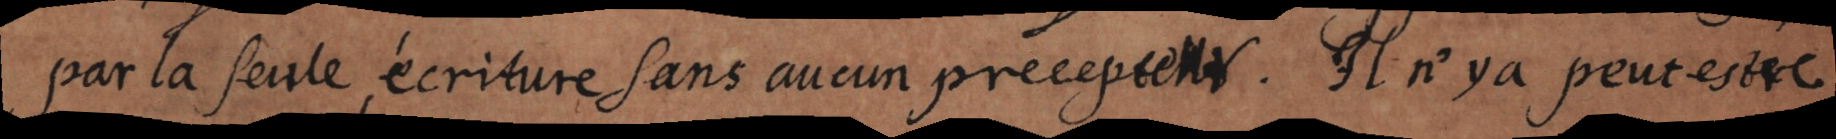
par la seule écriture sans aucun precepteur. Il n’y a peut estre